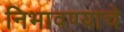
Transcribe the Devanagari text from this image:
निभावण्याचे